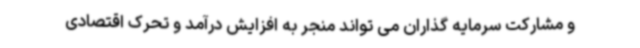
و مشارکت سرمایه گذاران می تواند منجر به افزایش درآمد و تحرک اقتصادی